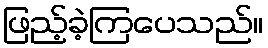
ဖြည့်ခဲ့ကြပေသည်။